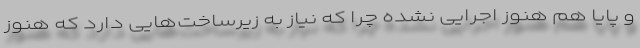
و پایا هم هنوز اجرایی نشده چرا که نیاز به زیرساخت‌هایی دارد که هنوز